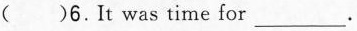
( ) 6.It was time for ___.